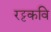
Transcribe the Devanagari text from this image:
रट्टकवि